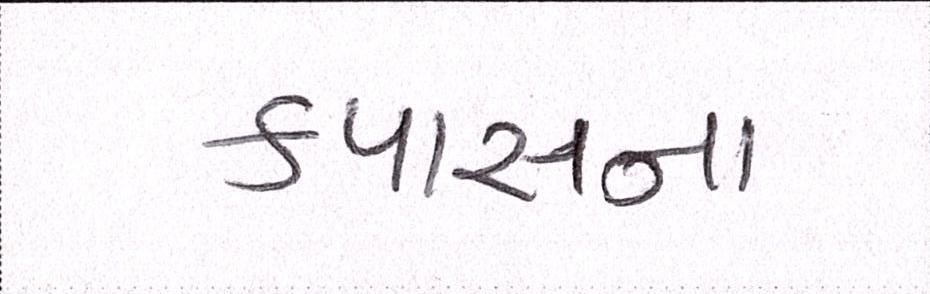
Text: કપાસના